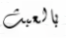
بالعبث